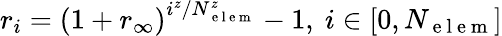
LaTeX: r_{i}=\left(1+r_{\infty}\right)^{i^{z}/N_{\mathrm{~e~l~e~m~}}^{z}}-1,\ i\in[0,N_{\mathrm{~e~l~e~m~}}]